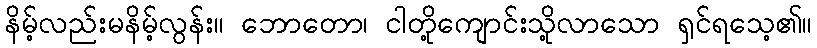
နိမ့်လည်းမနိမ့်လွန်း။ ဘောတော၊ ငါတို့ကျောင်းသို့လာသော ရှင်ရသေ့၏။